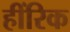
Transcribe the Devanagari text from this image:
हींरिक